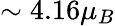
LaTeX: \sim{4.16}\mu_{B}